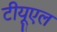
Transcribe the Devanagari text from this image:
टीयूएल